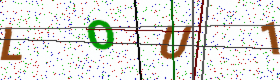
Text: LOU1